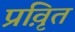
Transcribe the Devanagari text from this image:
प्रवृ़ित